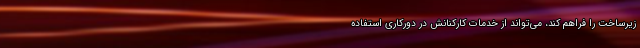
زیرساخت را فراهم کند، می‌تواند از خدمات کارکنانش در دورکاری استفاده